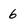
Character: 6